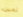
ثمين